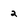
Character: 2